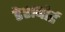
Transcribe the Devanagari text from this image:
डेशबोर्ड